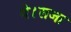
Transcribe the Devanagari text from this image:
थे।राजा